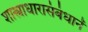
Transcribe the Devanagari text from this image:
शास्त्राधारासंबंधानें